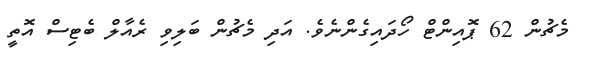
މެޗުން 62 ޕޮއިންޓް ހޯދައިގެންނެވެ. އަދި މެޗުން ބަލިވި ރެއާލް ބެޓިސް އޮތީ